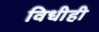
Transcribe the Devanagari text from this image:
विधीही